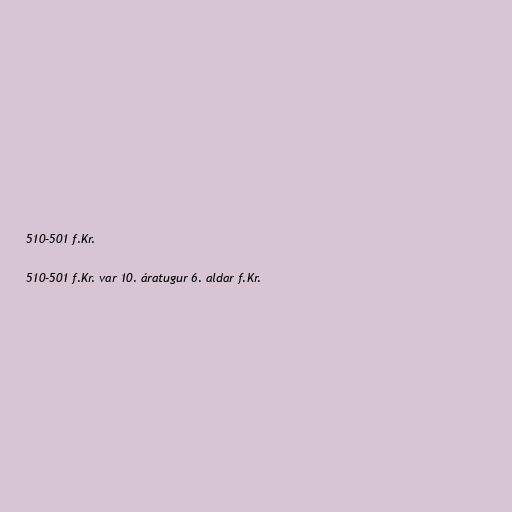
510–501 f.Kr.

510–501 f.Kr. var 10. áratugur 6. aldar f.Kr.